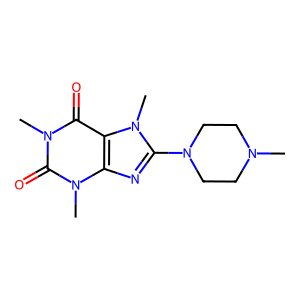
SMILES: CN1CCN(c2nc3c(c(=O)n(C)c(=O)n3C)n2C)CC1
Inhibits HIV replication: No